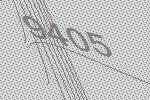
9405